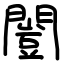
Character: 闓